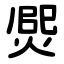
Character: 㷗